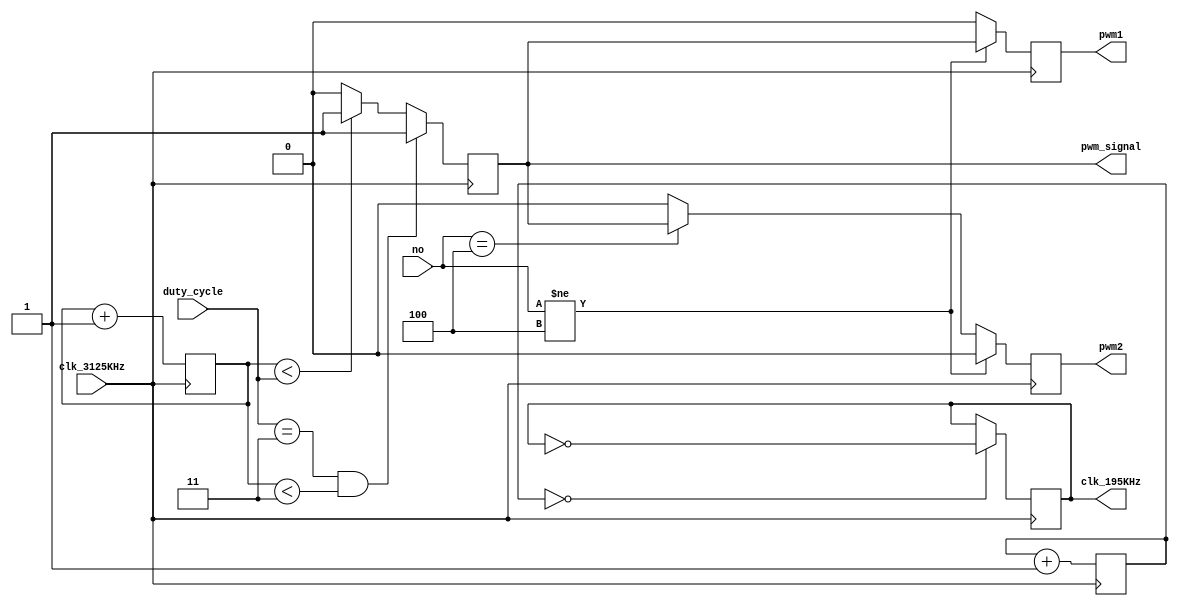
// AstroTinker Bot : Task 1A : PWM Generator


/* 
 * Team Id: eYRC#AB#3265
 * Author List: Md Faizan, Sudhanshu Ranjan, Sumit Saroj
 * Filename: controller
 * Theme: Astro Tinker Bot 
 * Functions: controller
 * Global Variables: None
 */



//PWM Generator
//Inputs : clk_3125KHz, duty_cycle
//Output : clk_195KHz, pwm_signal,pwm1,pwm2




module pwm_generator(   
    input clk_3125KHz,
    input [3:0] duty_cycle,
	  input [3:0] no,
    output reg clk_195KHz, pwm_signal,
	 output reg pwm1,pwm2
	 
);

initial begin
    clk_195KHz = 0; pwm_signal = 1;
  
end

//////////////////DO NOT MAKE ANY CHANGES ABOVE THIS LINE//////////////////


  reg [2:0] counter_A = 0;
  reg [3:0] counter_B = 0; 
        
//     initial begin  
// #0 clk_195KHz = 1;
// end
// sensitivity list -> trigger at positive edge of 50MHz clock
always @ (posedge clk_3125KHz) begin
    if (!counter_A ) clk_195KHz <= ~clk_195KHz; // toggles clock signal
    counter_A <= counter_A + 1'b1; // increment counter // after 7 it resets to 0
 

//pwm generation
  if(duty_cycle==3 && counter_B<3) begin
  pwm_signal<=1;
  end
    // PWM Generation
   else if(counter_B <duty_cycle)begin
       pwm_signal <= 1;
    end 
    
    else begin
    pwm_signal<=0;
    end

  counter_B<=counter_B+1;


////      NOTE :    4 is set to run thev motor backward    /////

if( (no !=4) ) begin 
pwm2 <= 0;            //  2 means backward 
pwm1 <= pwm_signal;    // 1 means forward
end
else if(no == 4) begin // for node detect and go backward for few seconds
pwm1 <= 0;
pwm2 <= pwm_signal;
end
else begin
pwm2 <= 0;
pwm1 <= 0;
end
  




end
//////////////////DO NOT MAKE ANY CHANGES BELOW THIS LINE//////////////////

endmodule